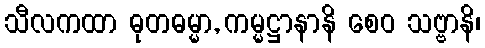
သီလကထာ ဓုတဓမ္မာ, ကမ္မဋ္ဌာနာနိ စေဝ သဗ္ဗာနိ၊